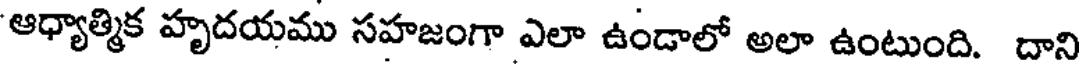
'ఆధ్యాత్మిక హృదయము సహజంగా ఎలా ఉండాలో అలా ఉంటుంది. దాని